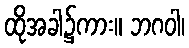
ထိုအခါ၌ကား။ ဘဂဝါ၊